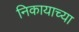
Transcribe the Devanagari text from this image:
निकायाच्या